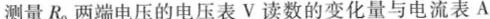
测量R_{0}两端电压的电压表V读数的变化量与电流表A